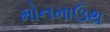
મોનમાઉથ